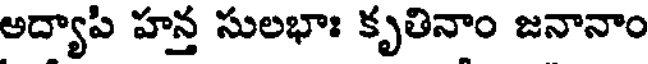
అద్యాపి హన్త సులభాః కృతినాం జనానాం